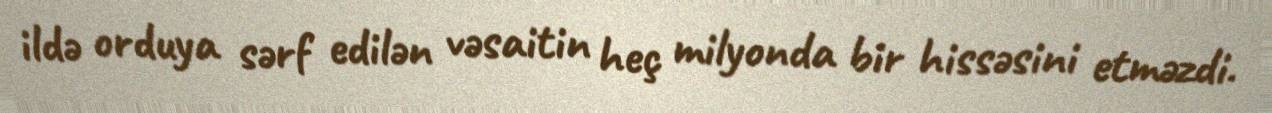
ildə orduya sərf edilən vəsaitin heç milyonda bir hissəsini etməzdi.